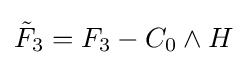
{\tilde {F}}_{3}=F_{3}-C_{0}\wedge H